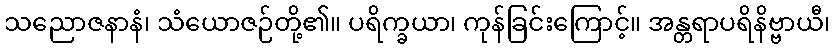
သညောဇနာနံ၊ သံယောဇဉ်တို့၏။ ပရိက္ခယာ၊ ကုန်ခြင်းကြောင့်။ အန္တရာပရိနိဗ္ဗာယီ၊